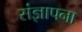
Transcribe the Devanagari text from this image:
संज्ञापना